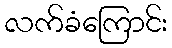
လက်ခံကြောင်း